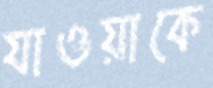
যাওয়াকে